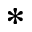
^ { * }